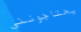
يحتاجونني